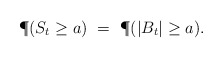
\begin{align*}\P(S_t \geq a) \ = \ \P(|B_t| \geq a).\end{align*}